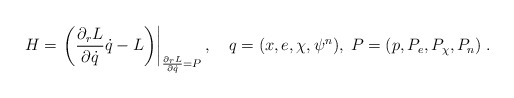
\begin{align*}H = \left.\left(\frac{\partial_rL}{\partial\dot{q}}\dot{q}-L\right)\right|_{\frac{\partial_rL}{\partial\dot{q}}=P},\,\,\,\,\,\, q = (x,e,\chi,\psi^n),\; P=(p,P_e,P_\chi,P_n)\;.\end{align*}